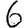
Digit: 6